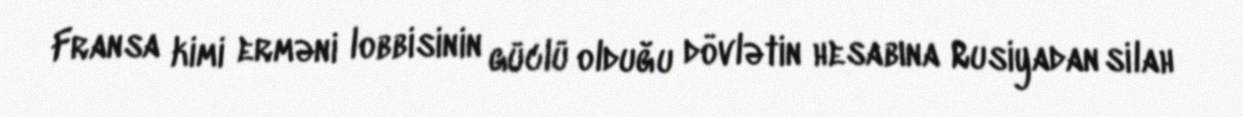
Fransa kimi erməni lobbisinin güclü olduğu dövlətin hesabına Rusiyadan silah